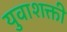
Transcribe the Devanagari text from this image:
युवाशक्ती